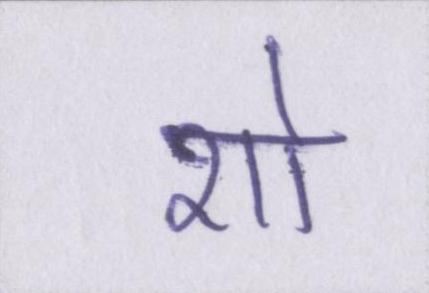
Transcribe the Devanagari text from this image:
शो